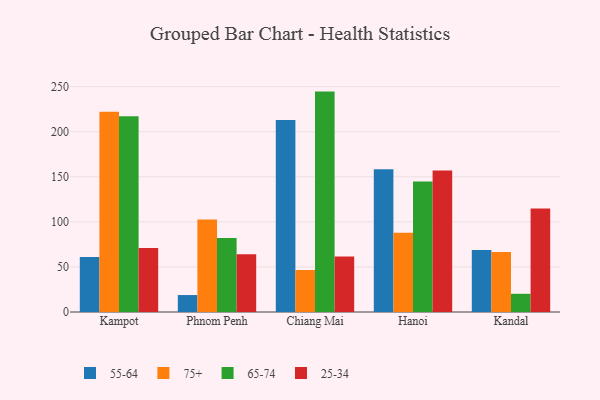
{"axis": {"x": "City", "y": "Gross Profit (USD K)"}, "legend": ["25-34", "55-64", "65-74", "75+"], "data": [{"x": "Kampot", "y": 61.0, "type": "55-64"}, {"x": "Kampot", "y": 222.1, "type": "75+"}, {"x": "Kampot", "y": 217.1, "type": "65-74"}, {"x": "Kampot", "y": 71.1, "type": "25-34"}, {"x": "Phnom Penh", "y": 18.8, "type": "55-64"}, {"x": "Phnom Penh", "y": 102.7, "type": "75+"}, {"x": "Phnom Penh", "y": 82.0, "type": "65-74"}, {"x": "Phnom Penh", "y": 64.1, "type": "25-34"}, {"x": "Chiang Mai", "y": 213.0, "type": "55-64"}, {"x": "Chiang Mai", "y": 46.6, "type": "75+"}, {"x": "Chiang Mai", "y": 244.5, "type": "65-74"}, {"x": "Chiang Mai", "y": 61.6, "type": "25-34"}, {"x": "Hanoi", "y": 158.4, "type": "55-64"}, {"x": "Hanoi", "y": 87.8, "type": "75+"}, {"x": "Hanoi", "y": 144.7, "type": "65-74"}, {"x": "Hanoi", "y": 157.0, "type": "25-34"}, {"x": "Kandal", "y": 68.8, "type": "55-64"}, {"x": "Kandal", "y": 66.6, "type": "75+"}, {"x": "Kandal", "y": 20.2, "type": "65-74"}, {"x": "Kandal", "y": 114.7, "type": "25-34"}]}